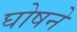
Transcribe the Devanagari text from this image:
घोषने